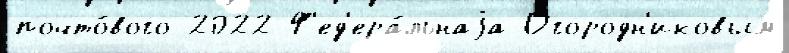
почто́вого 2022 Ф'ед'ера́льнаjа Огородн'иковым